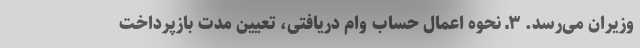
وزیران می‌رسد. ۳ـ نحوه اعمال حساب وام دریافتی، تعیین مدت بازپرداخت